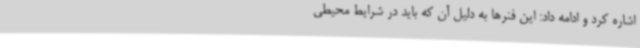
اشاره کرد و ادامه داد: این فنرها به دلیل آن که باید در شرایط محیطی